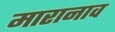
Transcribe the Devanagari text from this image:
मारानाव